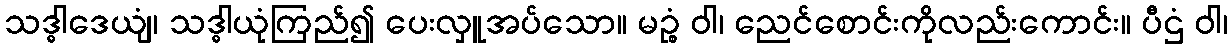
သဒ္ဓါဒေယျံ၊ သဒ္ဓါယုံကြည်၍ ပေးလှူအပ်သော။ မဉ္စံ ဝါ၊ ညေင်စောင်းကိုလည်းကောင်း။ ပီဌံ ဝါ၊